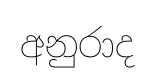
අනුරාද